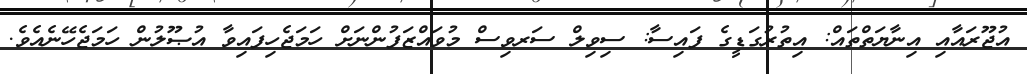
އުޖޫރައާއި އިނާޔަތްތައް: އިތުރުގަޑީގެ ފައިސާ: ސިވިލް ސަރވިސް މުވައްޒަފުންނަށް ހަމަޖެހިފައިވާ އުޞޫލުން ހަމަޖެހޭނެއެވެ.